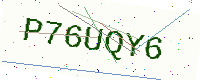
Text: P76UQY6